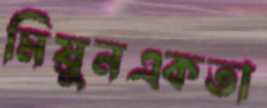
মিয়ুনএকতা